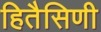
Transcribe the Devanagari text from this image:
हितैसिणी